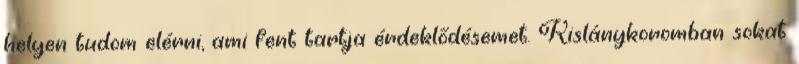
helyen tudom elérni, ami fent tartja érdeklődésemet. Kislánykoromban sokat